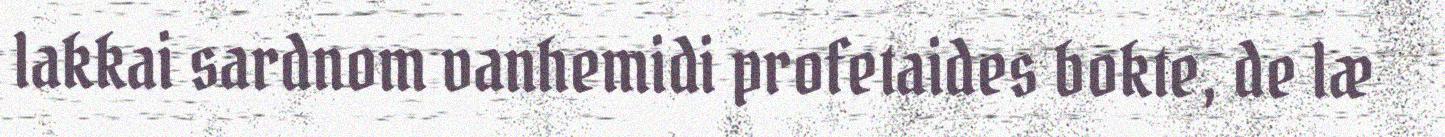
lakkai sardnom vanhemidi profetaides bokte, de læ